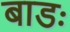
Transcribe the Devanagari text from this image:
बाडः